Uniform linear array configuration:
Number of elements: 48
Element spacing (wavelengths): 0.75
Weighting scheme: hann
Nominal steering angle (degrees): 45
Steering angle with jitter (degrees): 45.909
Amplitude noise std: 0.05
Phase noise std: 0.05

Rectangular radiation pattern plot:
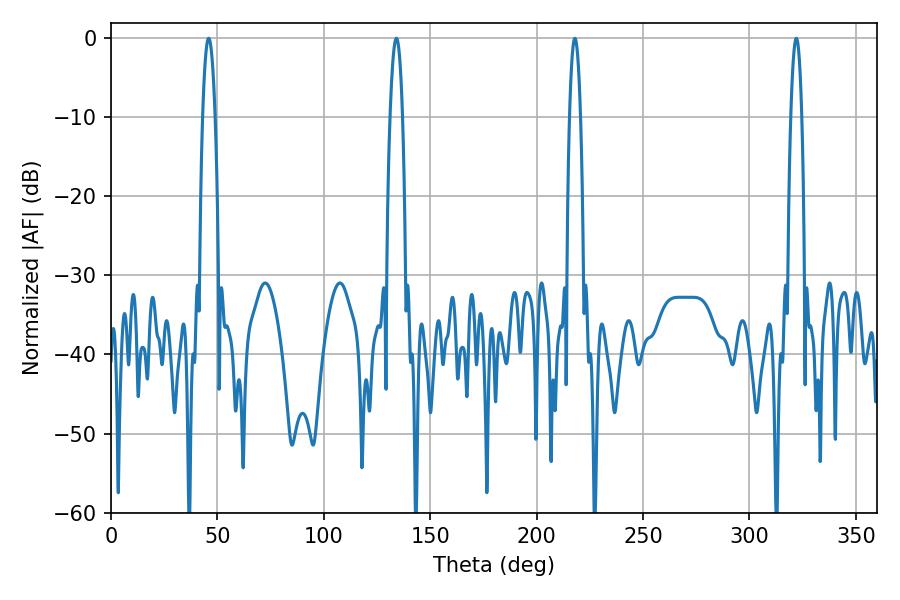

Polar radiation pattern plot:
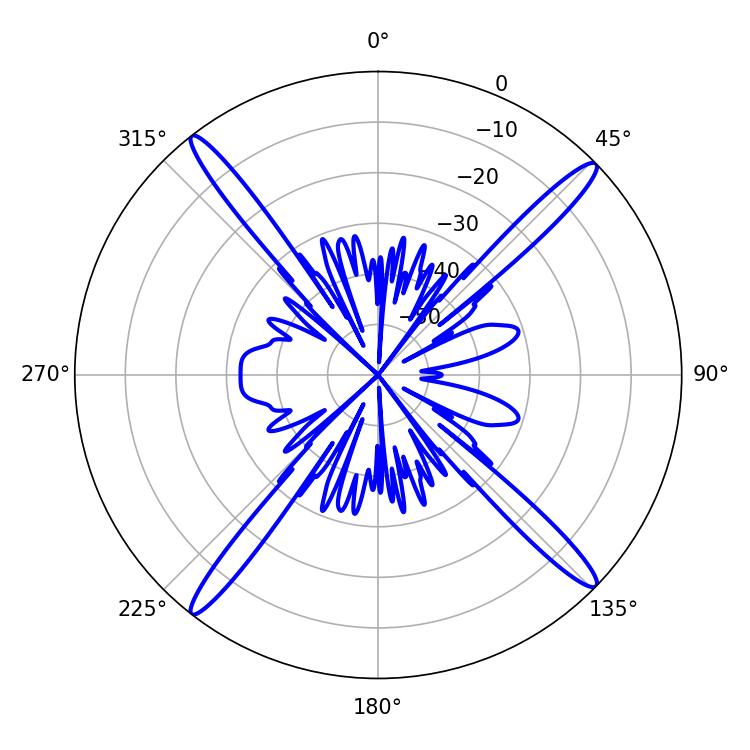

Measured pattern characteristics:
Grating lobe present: TRUE
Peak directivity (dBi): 19.695
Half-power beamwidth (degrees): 3.24
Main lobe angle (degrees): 45.9